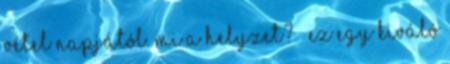
vétel napjától. Mi a helyzet? 🙂 Ez egy kiváló